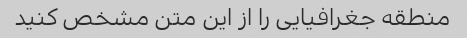
منطقه جغرافیایی را از این متن مشخص کنید